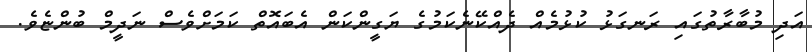
އަދި މުބާރާތުގައި ރަނގަޅު ކުޅުމެއް ދެއްކޭނެކަމުގެ ޔަގީންކަން އެބައޮތް ކަމަށްވެސް ނަދީމް ބުންޏެވެ.